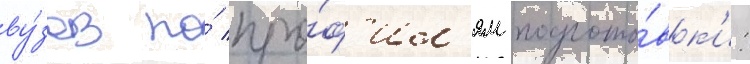
ву́зов по́ про́ф'ил'ям подгото́вк'и: